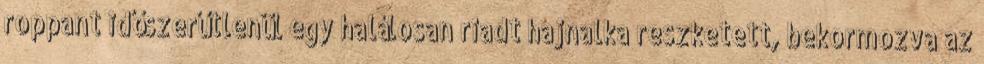
roppant időszerűtlenül egy halálosan riadt hajnalka reszketett, bekormozva az